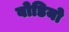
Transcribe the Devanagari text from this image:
बोडियो